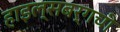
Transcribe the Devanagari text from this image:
हाइल्सबर्गची